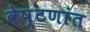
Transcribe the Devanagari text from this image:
वेष्टणांत